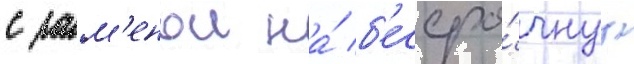
с зам'енои на́ б'ессро́чнуу